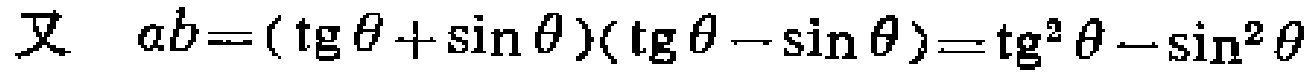
又 \(ab = (\operatorname{tg}\theta+\sin\theta)(\operatorname{tg}\theta - \sin\theta)=\operatorname{tg}^{2}\theta-\sin^{2}\theta\)